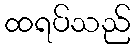
ထရပ်သည်